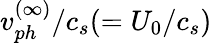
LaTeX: v_{ph}^{(\infty)}/c_{s}(=U_{0}/c_{s})